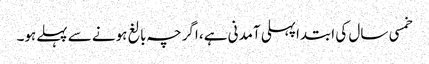
خمسی سال کی ابتداپہلی آمدنی ہے، اگرچہ بالغ ہونے سے پہلےہو۔